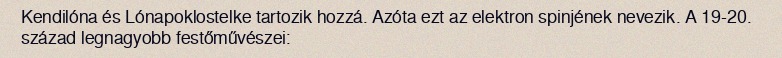
Kendilóna és Lónapoklostelke tartozik hozzá. Azóta ezt az elektron spinjének nevezik. A 19-20. század legnagyobb festőművészei: